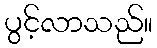
ပွင့်လာသည်။